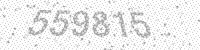
Solution: 559815